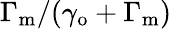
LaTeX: \Gamma_{\mathrm{m}}/(\gamma_{\mathrm{o}}+\Gamma_{\mathrm{m}})